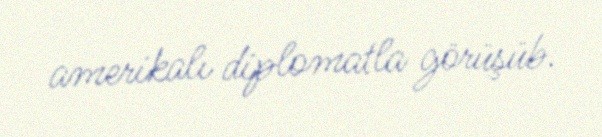
amerikalı diplomatla görüşüb.